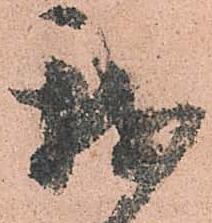
我